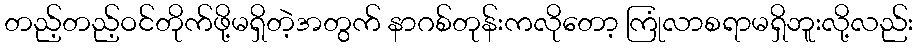
တည့်တည့်ဝင်တိုက်ဖို့မရှိတဲ့အတွက် နာဂစ်တုန်းကလိုတော့ ကြုံလာစရာမရှိဘူးလို့လည်း